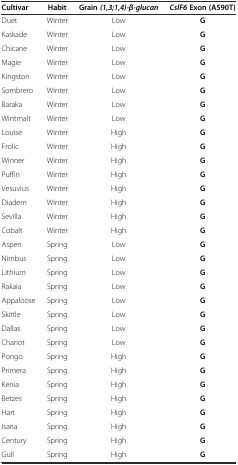
| Cultivar | Habit | Grain (1,3;1,4)-β-glucan | CslF6Exon (A590T) |
 | --- | --- | --- | --- |
 | Duet | Winter | Low | G |
 | Kaskade | Winter | Low | G |
 | Chicane | Winter | Low | G |
 | Magie | Winter | Low | G |
 | Kingston | Winter | Low | G |
 | Sombrero | Winter | Low | G |
 | Baraka | Winter | Low | G |
 | Wintmalt | Winter | Low | G |
 | Louise | Winter | High | G |
 | Frolic | Winter | High | G |
 | Winner | Winter | High | G |
 | Puffin | Winter | High | G |
 | Vesuvius | Winter | High | G |
 | Diadem | Winter | High | G |
 | Sevilla | Winter | High | G |
 | Cobalt | Winter | High | G |
 | Aspen | Spring | Low | G |
 | Nimbus | Spring | Low | G |
 | Lithium | Spring | Low | G |
 | Rakaia | Spring | Low | G |
 | Appaloose | Spring | Low | G |
 | Skittle | Spring | Low | G |
 | Dallas | Spring | Low | G |
 | Chariot | Spring | Low | G |
 | Pongo | Spring | High | G |
 | Primera | Spring | High | G |
 | Kenia | Spring | High | G |
 | Betzes | Spring | High | G |
 | Hart | Spring | High | G |
 | Isaria | Spring | High | G |
 | Century | Spring | High | G |
 | Gull | Spring | High | G |